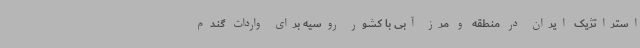
استراتژیک ایران در منطقه و مرز آبی با کشور روسیه برای واردات گندم